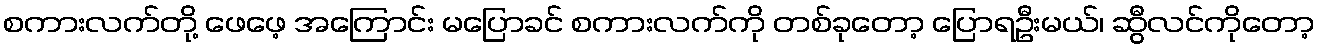
စကားလက်တို့ ဖေဖေ့ အကြောင်း မပြောခင် စကားလက်ကို တစ်ခုတော့ ပြောရဦးမယ်၊ ဆွီလင်ကိုတော့